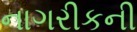
નાગરીકની